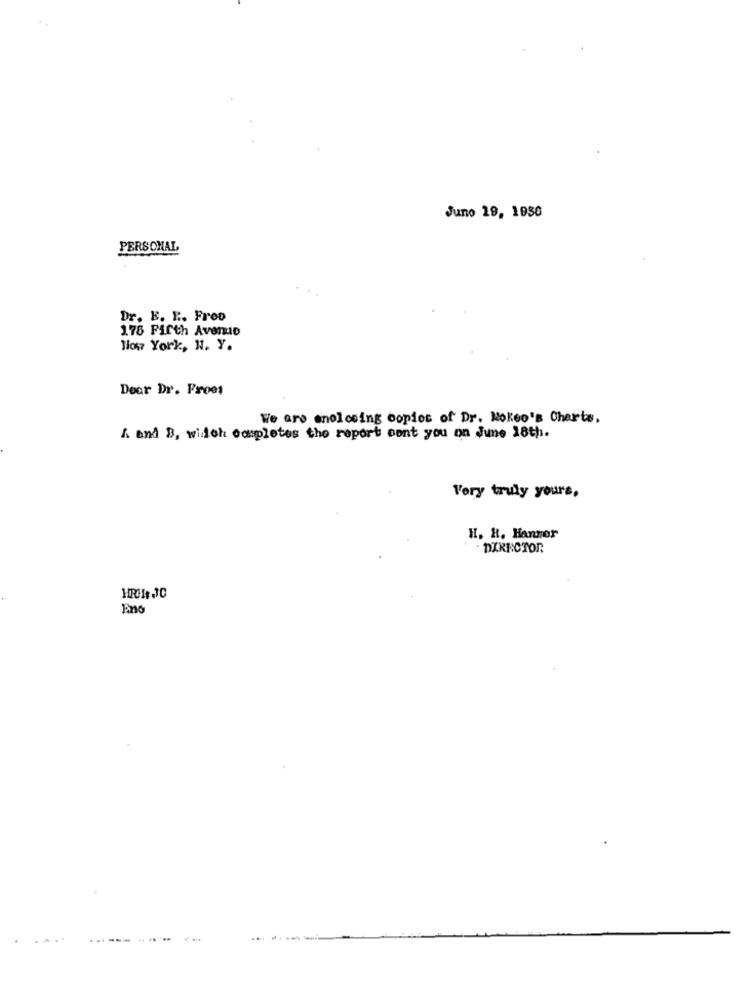
Juno 19, 1956
PERSONAL
Dr. E. E .. Freo
178 Fifth Avenue
low York, N. Y.
Dear Dr. Frees
We are enclosing copies of Dr. Noleo's Charts.
A and B, which completes the report cont you on June 18th.
Very truly yours,
H. R. Hanner
DIRECTOR
Eno
...
---